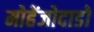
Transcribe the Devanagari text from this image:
मोहेंजोदाडो